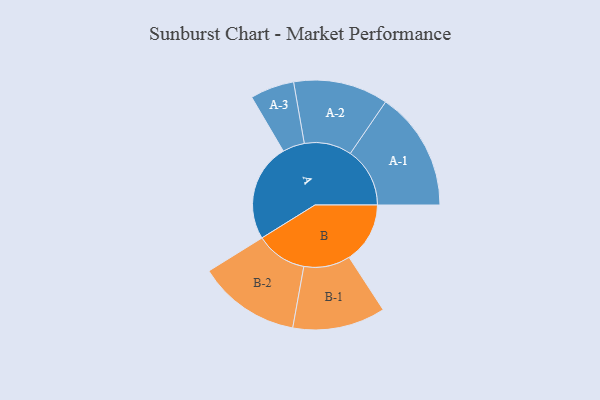
{"axis": {"x": "Segment", "y": "Value"}, "legend": ["", "A", "B"], "data": [{"x": "A", "y": 485, "type": ""}, {"x": "B", "y": 302, "type": ""}, {"x": "A-1", "y": 295, "type": "A"}, {"x": "A-2", "y": 235, "type": "A"}, {"x": "A-3", "y": 109, "type": "A"}, {"x": "B-1", "y": 230, "type": "B"}, {"x": "B-2", "y": 254, "type": "B"}]}